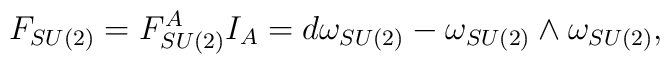
F_{SU(2)}=F_{SU(2)}^AI_A=d\omega _{SU(2)}-\omega _{SU(2)}\wedge\omega _{SU(2)},